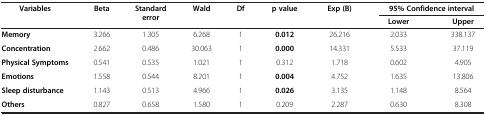
| Variables | Beta | Standard error | Wald | Df | p value | Exp (B) | <COLSPAN=2> 95% Confidence interval |
 |  |  |  |  |  |  |  | Lower | Upper |
 | --- | --- | --- | --- | --- | --- | --- | --- | --- |
 | Memory | 3.266 | 1.305 | 6.268 | 1 | 0.012 | 26.216 | 2.033 | 338.137 |
 | Concentration | 2.662 | 0.486 | 30.063 | 1 | 0.000 | 14.331 | 5.533 | 37.119 |
 | Physical Symptoms | 0.541 | 0.535 | 1.021 | 1 | 0.312 | 1.718 | 0.602 | 4.905 |
 | Emotions | 1.558 | 0.544 | 8.201 | 1 | 0.004 | 4.752 | 1.635 | 13.806 |
 | Sleep disturbance | 1.143 | 0.513 | 4.966 | 1 | 0.026 | 3.135 | 1.148 | 8.564 |
 | Others | 0.827 | 0.658 | 1.580 | 1 | 0.209 | 2.287 | 0.630 | 8.308 |